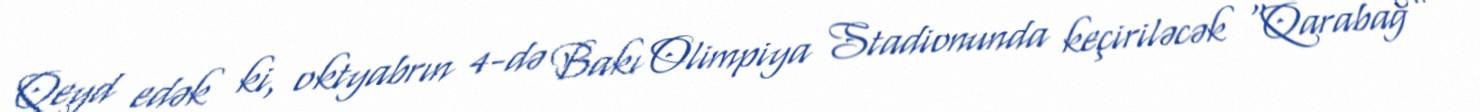
Qeyd edək ki, oktyabrın 4-də Bakı Olimpiya Stadionunda keçiriləcək “Qarabağ” -